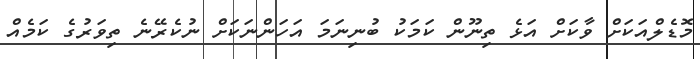
މޮޑެލްއަކަށް ވާކަށް އަޅެ ތިނޫން ކަމަކު ބުނިނަމަ އަހަންނަކަށް ނުކެރޭނެ ތިވަރުގެ ކަމެއް